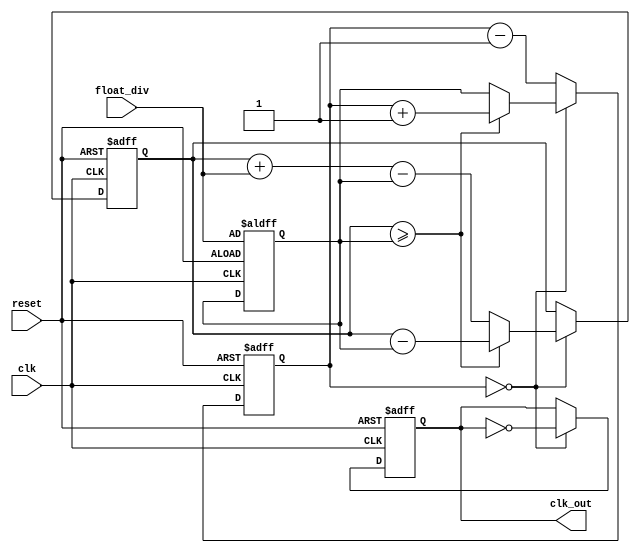
module FloatingPointClockDivider (
    input wire clk,
    input wire reset,
    input wire [31:0] float_div,
    output reg clk_out
);

reg [31:0] count;
reg [31:0] divisor;
reg [31:0] remainder;

always @(posedge clk or posedge reset) begin
    if (reset) begin
        count <= 0;
        divisor <= float_div;
        remainder <= 0;
        clk_out <= 0;
    end else begin
        if (count == 0) begin
            count <= divisor;
            clk_out <= ~clk_out;
            remainder <= remainder + float_div - divisor;
            
            if (remainder >= divisor) begin
                count <= count + 1;
                remainder <= remainder - divisor;
            end
            
        end else begin
            count <= count - 1;
        end
    end
end

endmodule